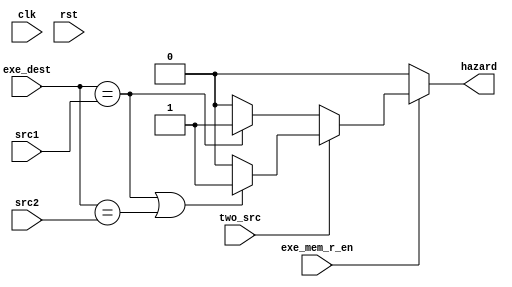
module Hazard_Detection_Unit2 (
    clk, rst,
    two_src, exe_mem_r_en,
    src1, src2, exe_dest,
    hazard
);
    input clk, rst;
    input two_src, exe_mem_r_en;
    input [3:0] src1, src2, exe_dest;
    output reg hazard;

    always @(two_src, exe_mem_r_en, src1, src2, exe_dest) begin
        hazard = 1'b0;
        if (exe_mem_r_en == 1'b1) begin
            if (two_src == 1'b1) begin
                if ((exe_dest == src1) || (exe_dest == src2))
                    hazard = 1'b1;
            end
            else begin
                if (exe_dest == src1)
                    hazard = 1'b1;
            end
        end
    end
    
endmodule